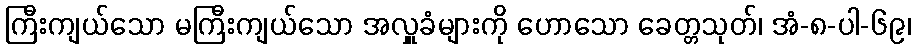
ကြီးကျယ်သော မကြီးကျယ်သော အလှူခံများကို ဟောသော ခေတ္တသုတ်၊ အံ-၈-ပါ-၆၉၊